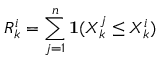
R _ { k } ^ { i } = \sum _ { j = 1 } ^ { n } \mathbf { 1 } ( X _ { k } ^ { j } \leq X _ { k } ^ { i } )